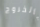
بالخروج